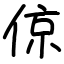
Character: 倞